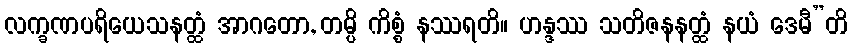
လက္ခဏပရိယေသနတ္ထံ အာဂတော, တမ္ပိ ကိစ္စံ နဿရတိ။ ဟန္ဒဿ သတိဇနနတ္ထံ နယံ ဒေမီ”တိ